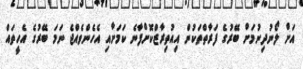
އަށް ލޯނުދިނުމަށް ބޭރުގެ ފަރާތްތަކުން އިއުތިރާޒްކޮށްފާނެ ކަމަށާއި އެހެންވެއްޖެ ނަމަ ބޭރުގެ އެހީތައް